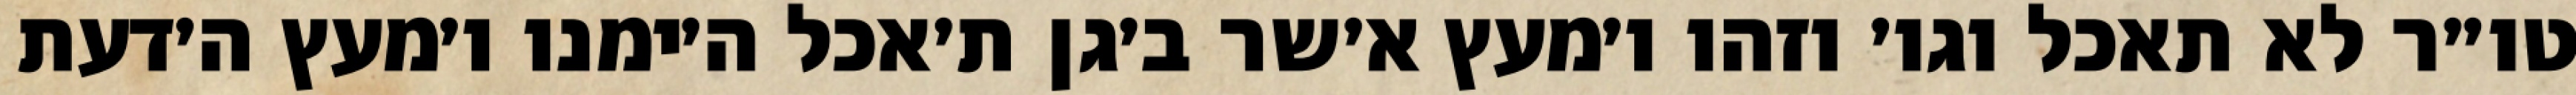
טו״ר לא תאכל וגו׳ וזהו ו׳מעץ א׳שר ב׳גן ת׳אכל ה׳ימנו ו׳מעץ ה׳דעת